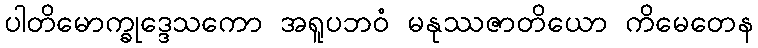
ပါတိမောက္ခုဒ္ဒေသကော အရူပဘဝံ မနုဿဇာတိယော ကိမေတေန